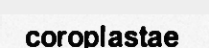
coroplastae